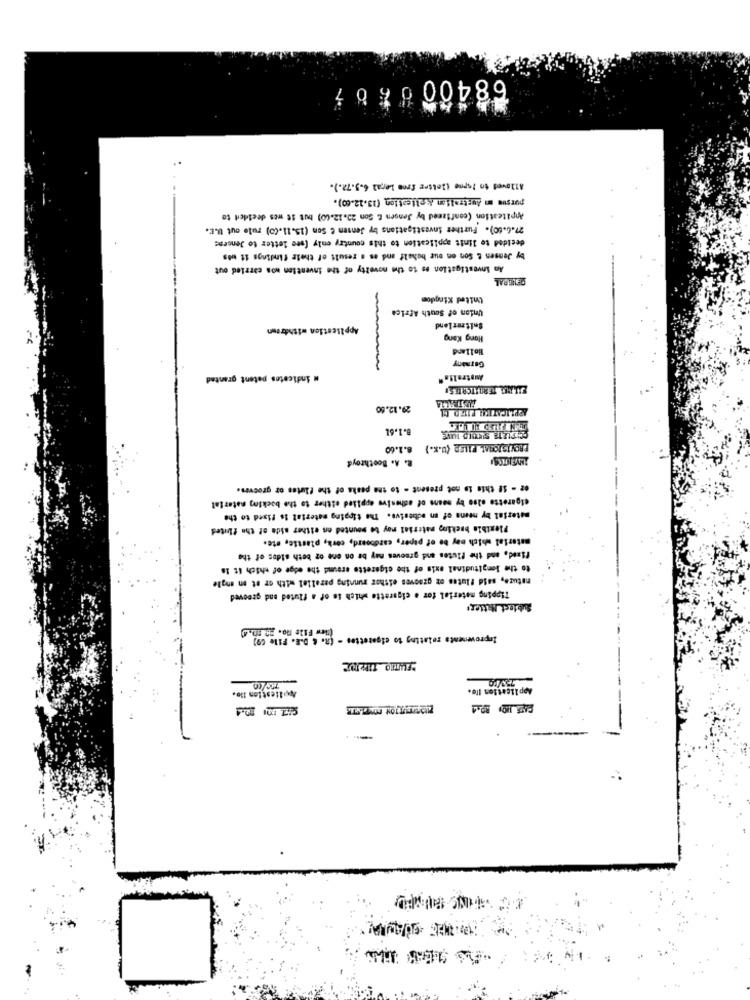
Allowed to lopne (letter free Leral 6.5.72.).
pursue m Australian &pliestion (13.12.00).
Appiteation (confizmed by Jengen & Son 20.12.60) but St wes decided to
27.6.00). Further Investigations by Jensen C Son (15.11.00) rule out U.E.
decided to limit application to this country enly (ste letter to Jensens
by Jensen & Son on our behalf and as a result of their findings it was
An Investigation es to the novelty of the invention nos carried out
DENGOAL
United Kingdom
Union of South Africa
Application withdrown
Seltzerlend
Hong Kong
Holland
Germany
# indicates patent granted
Austral !. "
JULES TERRITORIES!
29.12.60
8.1.61
8.1.60
BRONISICHMAL FILER (U.K.)
R. A. Boothroyd
62 - 58 this is not present - to the peaks of the flutes or grooves.
cigarette else by means of adhesive applied either to the backing material
material by means of an adhesive. The tipping material is fixed to the
Flexible backim material may be mounted on either side of the fluted
material which may be of paper, cardboard, cork, plastic, etc.
fixed, and the flutes and grooves may be on ene oz both sides of the
to the longitudinal axis of the cigarette around the edge of which it Is
nature, said flutes et grooves either running parallel with or ot on mgle
Tipping material for a cigarette which is of a fluted and grooved
Subtest Mitters
View File no. 20 m. 4
Improvements relating to cigarettes - (R. & D.E. File 69)
Application Ife.
Moliestion 110.
FINS BU MED